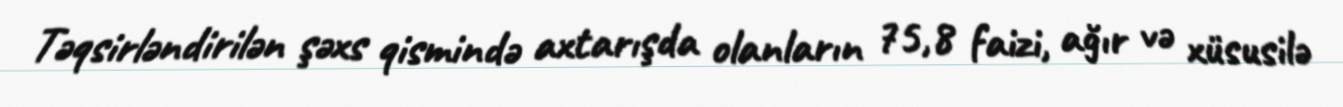
Təqsirləndirilən şəxs qismində axtarışda olanların 75,8 faizi, ağır və xüsusilə